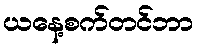
ယနေ့စက်တင်ဘာ